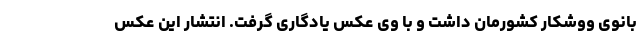
بانوی ووشکار کشورمان داشت و با وی عکس یادگاری گرفت. انتشار این عکس